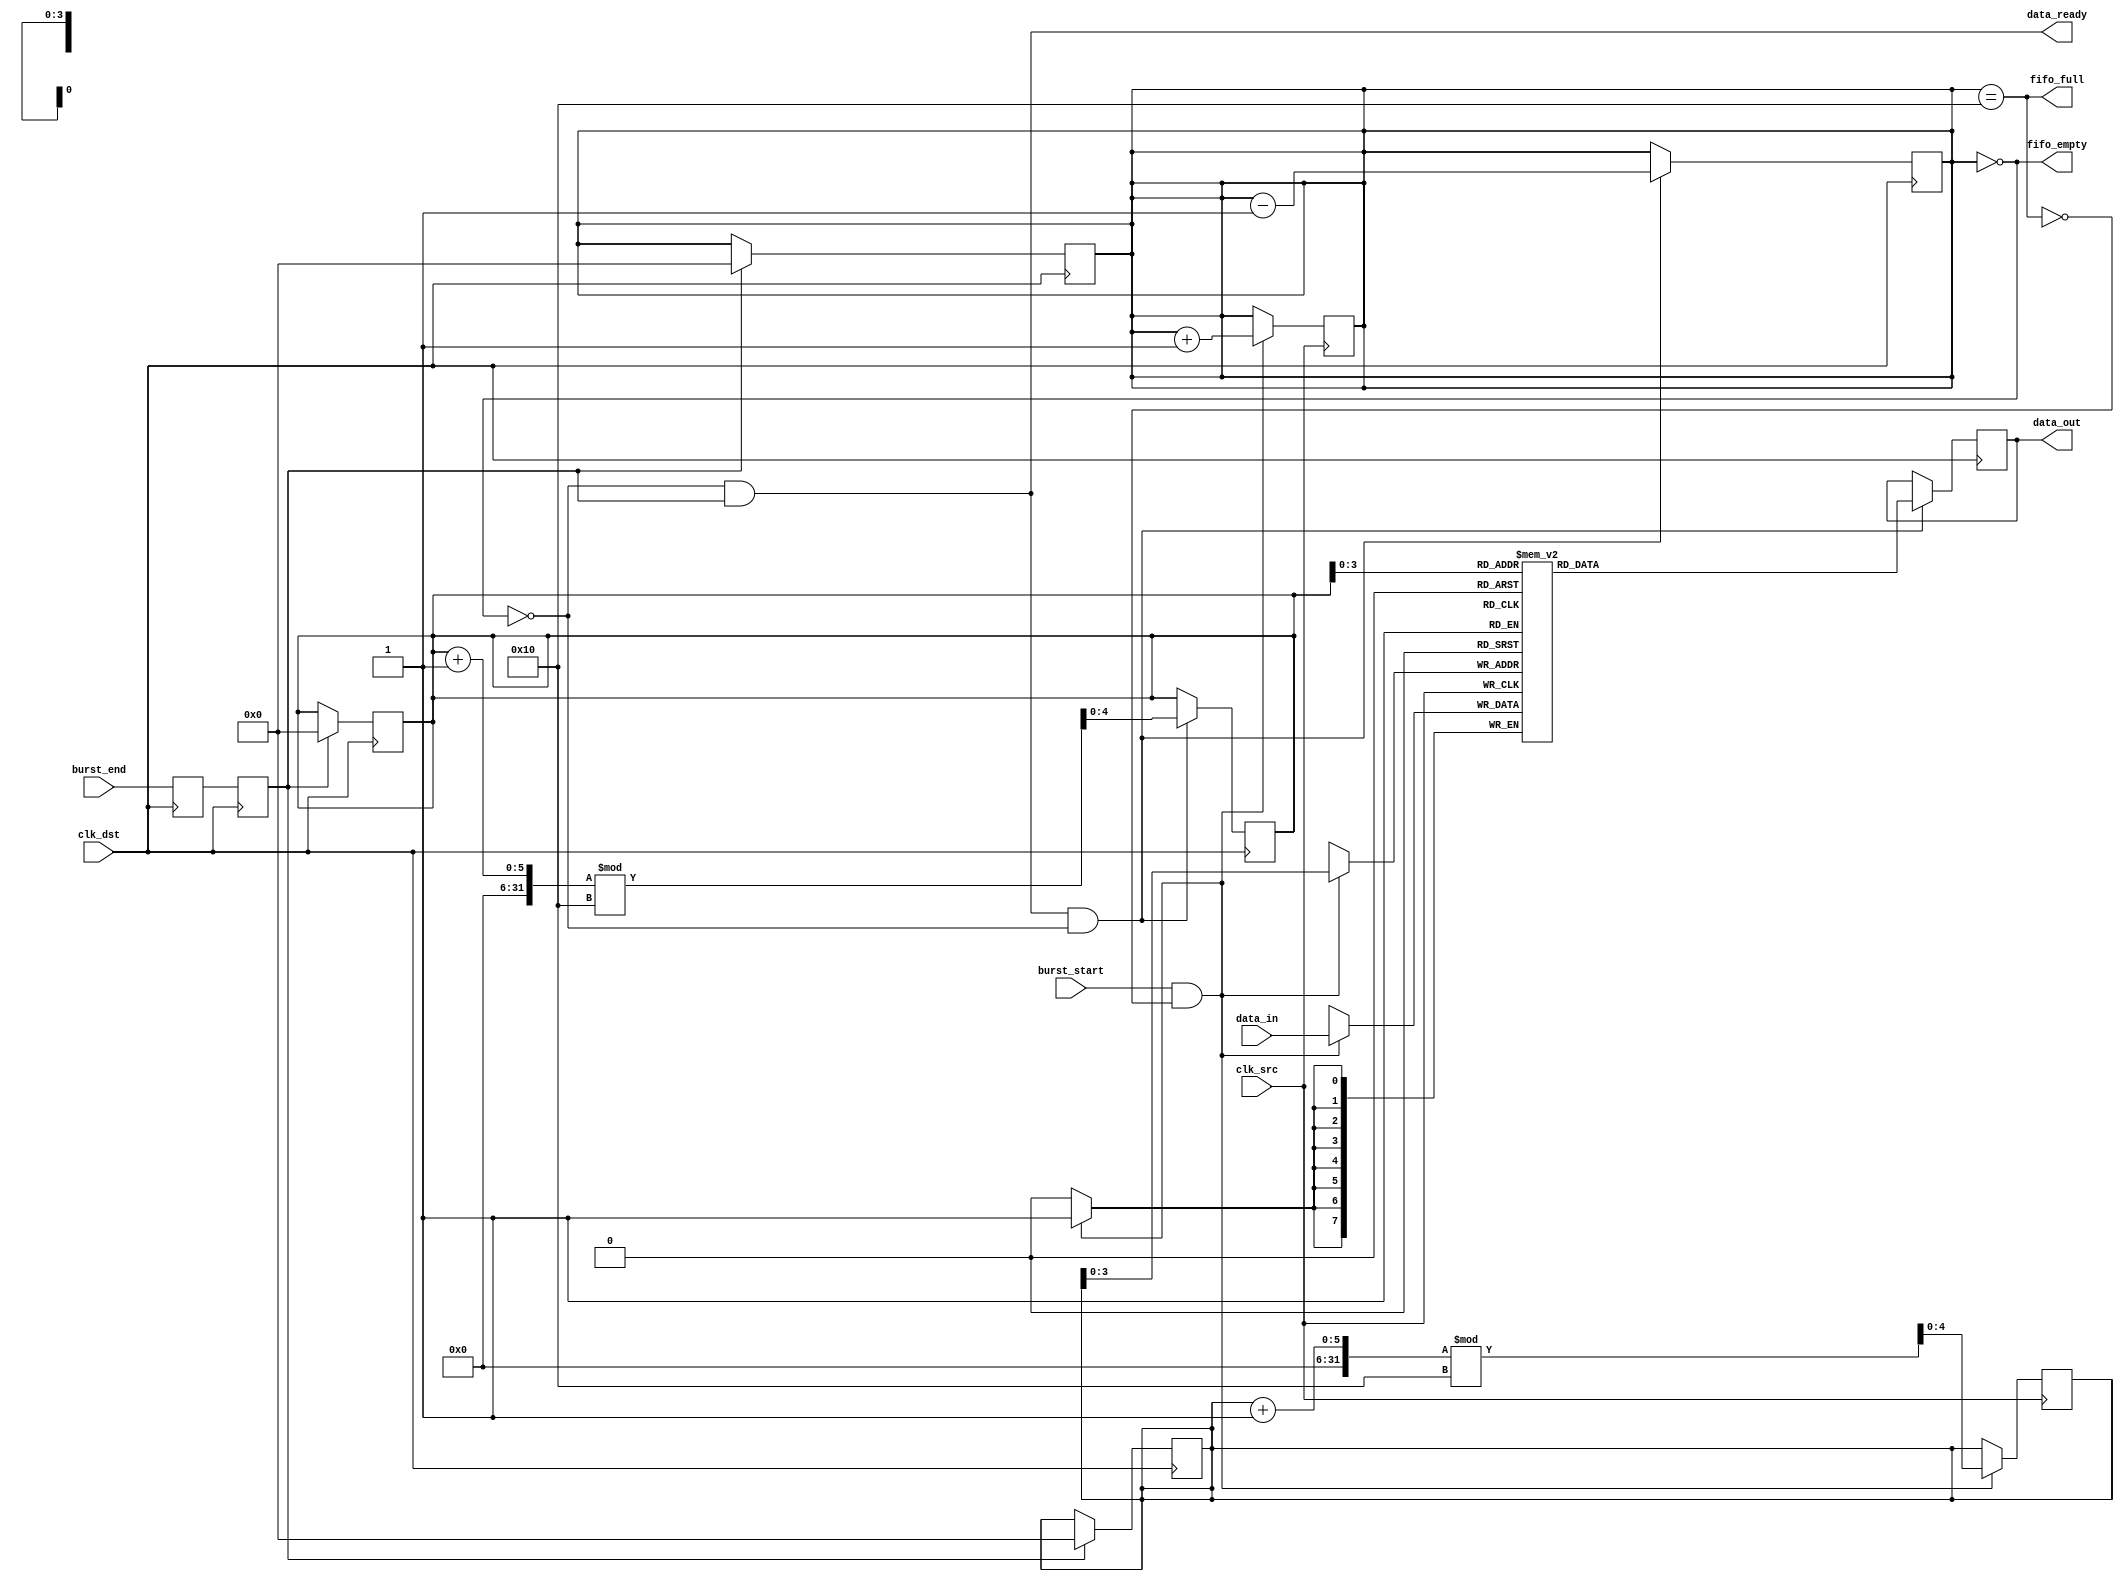
module burst_mode_synchronizer #(
    parameter DATA_WIDTH = 8,    // Width of the data
    parameter FIFO_DEPTH = 16     // Depth of the FIFO
)(
    input wire clk_src,           // Source clock
    input wire clk_dst,           // Destination clock
    input wire [DATA_WIDTH-1:0] data_in, // Data input from source
    input wire burst_start,       // Signal to indicate start of burst
    input wire burst_end,         // Signal to indicate end of burst
    output reg [DATA_WIDTH-1:0] data_out, // Data output to destination
    output reg data_ready,        // Signal indicating data is ready to be read
    output reg fifo_full,         // FIFO full flag
    output reg fifo_empty         // FIFO empty flag
);

    // FIFO buffer and pointers
    reg [DATA_WIDTH-1:0] fifo [0:FIFO_DEPTH-1];
    reg [4:0] write_ptr = 0;      // Write pointer
    reg [4:0] read_ptr = 0;       // Read pointer
    reg [4:0] fifo_count = 0;      // Number of entries in FIFO

    // Handshake signals
    reg burst_start_sync1, burst_start_sync2;
    reg burst_end_sync1, burst_end_sync2;

    // Synchronize burst signals
    always @(posedge clk_dst) begin
        burst_start_sync1 <= burst_start;
        burst_start_sync2 <= burst_start_sync1;

        burst_end_sync1 <= burst_end;
        burst_end_sync2 <= burst_end_sync1;
    end

    // FIFO write logic
    always @(posedge clk_src) begin
        if (burst_start && !fifo_full) begin
            fifo[write_ptr] <= data_in;
            write_ptr <= (write_ptr + 1) % FIFO_DEPTH;
            fifo_count <= fifo_count + 1;
        end
    end

    // FIFO read logic
    always @(posedge clk_dst) begin
        if (data_ready && !fifo_empty) begin
            data_out <= fifo[read_ptr];
            read_ptr <= (read_ptr + 1) % FIFO_DEPTH;
            fifo_count <= fifo_count - 1;
        end
    end

    // Update FIFO status flags
    always @(*) begin
        fifo_full = (fifo_count == FIFO_DEPTH);
        fifo_empty = (fifo_count == 0);
        data_ready = !fifo_empty && burst_end_sync2; // Data is ready when not empty and burst has ended
    end

    // Control logic for burst end
    always @(posedge clk_dst) begin
        if (burst_end_sync2) begin
            // Reset pointers and FIFO count on burst end
            write_ptr <= 0;
            read_ptr <= 0;
            fifo_count <= 0;
        end
    end

endmodule